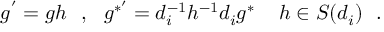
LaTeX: g ^ { ' } = g h \ \ , \ \ g ^ { * ^ { \prime } } = d _ { i } ^ { - 1 } h ^ { - 1 } d _ { i } g ^ { * } \ \, \ \ h \in S ( d _ { i } ) \ \ .